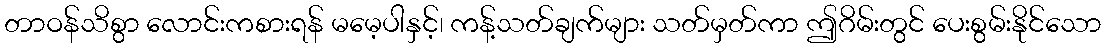
တာဝန်သိစွာ လောင်းကစားရန် မမေ့ပါနှင့်၊ ကန့်သတ်ချက်များ သတ်မှတ်ကာ ဤဂိမ်းတွင် ပေးစွမ်းနိုင်သော